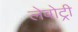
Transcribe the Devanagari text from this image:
लेबोट्री